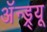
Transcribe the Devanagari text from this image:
अॅन्ड्र्यू